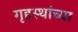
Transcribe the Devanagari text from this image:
गृहस्थांच्या